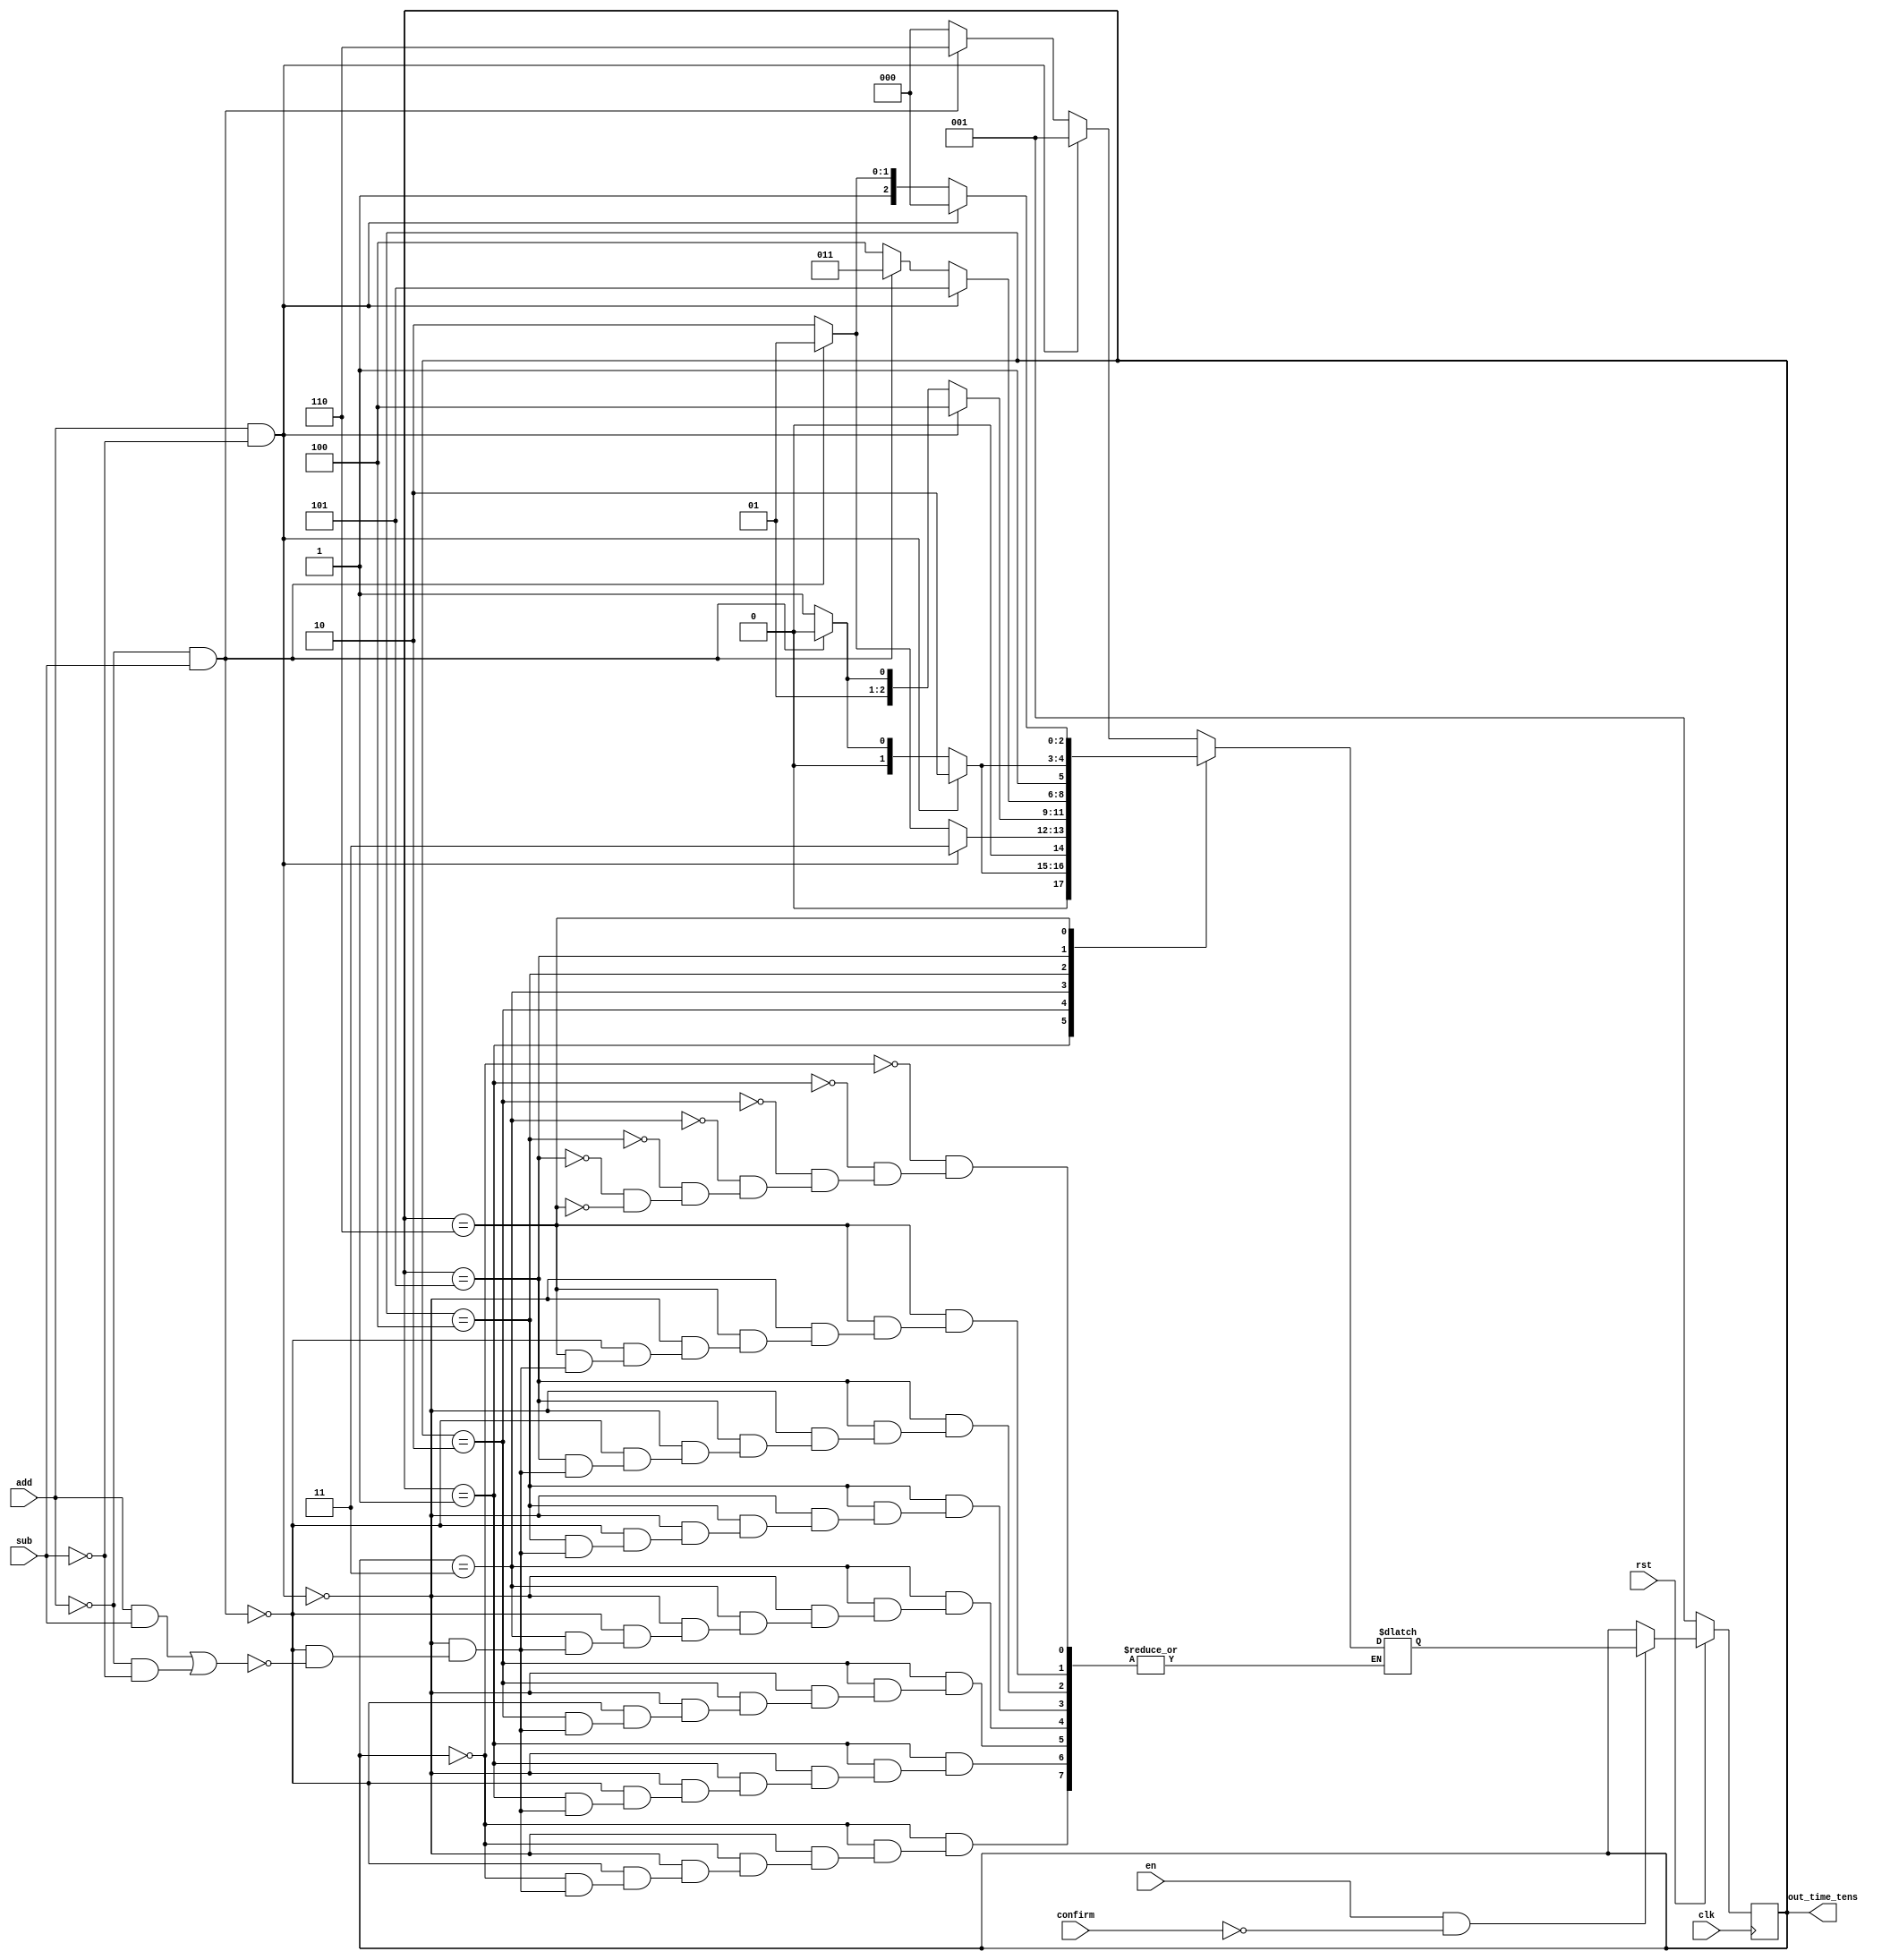
`timescale 1ns / 1ps
//////////////////////////////////////////////////////////////////////////////////
// Company: 
// Engineer: 
// 
// Design Name: 
// Module Name: set_time_tens
// Project Name: 
// Target Devices: 
// Tool Versions: 
// Description: 
// 
// Dependencies: 
// 
// Revision:
// Revision 0.01 - File Created
// Additional Comments:
// 
//////////////////////////////////////////////////////////////////////////////////


module set_time_tens(
input en,//en = 1
input rst,//rst = 0
input confirm,//comfirm = 1

input clk,
input add,
input sub,

output reg [2:0] out_time_tens
    );
    
    
    parameter s0 = 3'b000, s1 = 3'b001, s2 = 3'b010, s3 = 3'b011,
               s4 = 3'b100, s5 = 3'b101, s6 = 3'b110;
    reg [2:0] next_time_tens = s1;
    
    always @(posedge clk)
       begin
           if(!rst)
               out_time_tens <= s1;
           else if(en && !confirm)
               out_time_tens <= next_time_tens;
       end
       
    always @(add, sub)
        begin
            case(out_time_tens)
            s0: if(add & !sub) next_time_tens = s1; 
                else if(!add & sub) next_time_tens = s6; 
                else if((add & sub) | (!add & !sub)) next_time_tens = s0;
            
            s1: if(add & !sub) next_time_tens = s2; 
                else if(!add & sub) next_time_tens = s0;
                else if((add & sub) | (!add & !sub)) next_time_tens = s1;
            
            s2: if(add & !sub) next_time_tens = s3; 
                else if(!add & sub) next_time_tens = s1;
                else if((add & sub) | (!add & !sub)) next_time_tens = s2;
            
            s3: if(add & !sub) next_time_tens = s4; 
                else if(!add & sub) next_time_tens = s2;
                else if((add & sub) | (!add & !sub)) next_time_tens = s3;
            
            s4: if(add & !sub) next_time_tens = s5; 
                else if(!add & sub) next_time_tens = s3;
                else if((add & sub) | (!add & !sub)) next_time_tens = s4;
            
            s5: if(add & !sub) next_time_tens = s6; 
                else if(!add & sub) next_time_tens = s4;
                else if((add & sub) | (!add & !sub)) next_time_tens = s5;
            
            s6: if(add & !sub) next_time_tens = s0; 
                else if(!add & sub) next_time_tens = s5;
                else if((add & sub) | (!add & !sub)) next_time_tens = s6;
            endcase
        end
        
endmodule